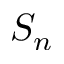
S _ { n }